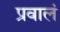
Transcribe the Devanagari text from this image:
प्रवालं